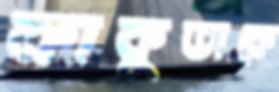
কাকুতাকে